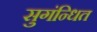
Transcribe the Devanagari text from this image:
सुगंन्‍धित